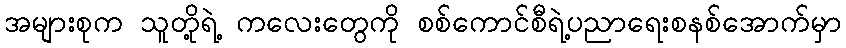
အများစုက သူတို့ရဲ့ ကလေးတွေကို စစ်ကောင်စီရဲ့ပညာရေးစနစ်အောက်မှာ